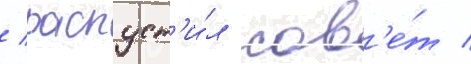
/ распуст'и́л сов'е́т /